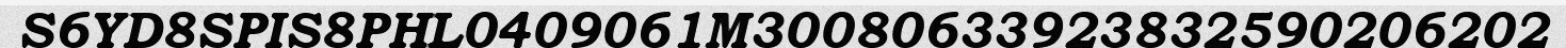
S6YD8SPIS8PHL0409061M30080633923832590206202